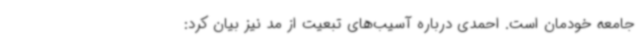
جامعه خودمان است. احمدی درباره آسیب‌های تبعیت از مد نیز بیان کرد: